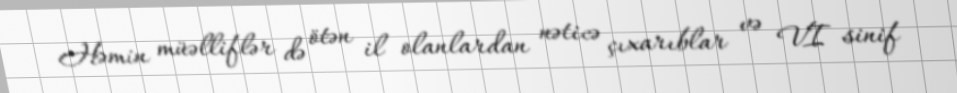
Həmin müəlliflər də ötən il olanlardan nəticə çıxarıblar və VI sinif